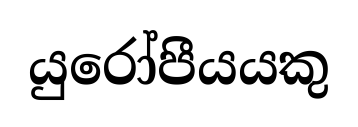
යුරෝපීයයකු